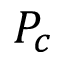
P _ { c }